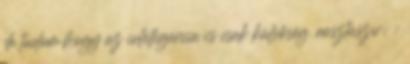
de tudom,hogy az intelligencia is csak külsőség. rasztaszív: :